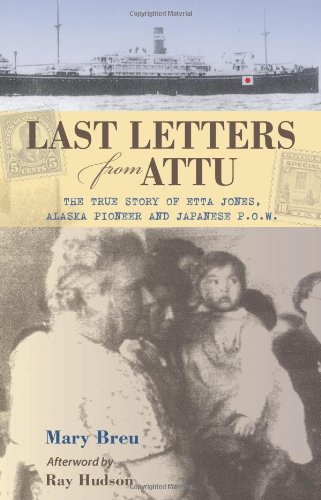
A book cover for Last Letters from Attu: The True Story of Etta Jones, Alaska Pioneer and Japanese POW; Mary Breu; Biographies & Memoirs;